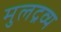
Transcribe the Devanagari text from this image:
मुलद्रव्य